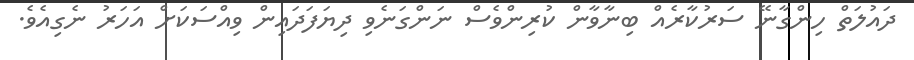
ދައުލަތް ހިންގާނޭ ސަރުކާރެއް ބިނާވާން ކުރިންވެސް ނަންގަނެވި ދިޔަފަދައިން ވިއްސަކަށް އަހަރު ނެގިއެވެ.